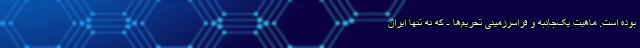
بوده است. ماهیت یک‌جانبه و فراسرزمینی تحریم‌ها - که نه تنها ایران